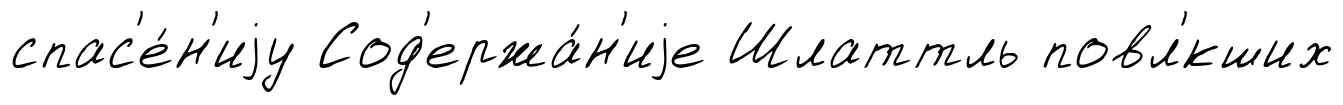
спас'е́н'иjу Сод'ержа́н'иjе Шлаттль повл'́кших